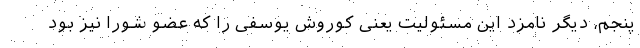
پنجم، دیگر نامزد این مسئولیت یعنی کوروش یوسفی را که عضو شورا نیز بود